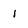
Character: 1